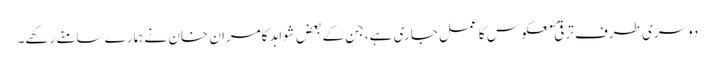
دوسری طرف ترقیٔ معکوس کا عمل جاری ہے، جن کے بعض شواہد کامران خان نے ہمارے سامنے رکھے۔